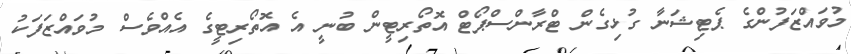
މުވައްޒަފުންގެ ޕެޓިޝަނާ ގުޅިގެން ޓްރާންސްޕޯޓް އޮތޯރިޓީން ބުނީ އެ އޮތޯރިޓީގެ އެއްވެސް މުވައްޒަފަކު